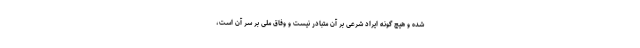
شده و هیچ گونه ایراد شرعی بر آن متبادر نیست و وفاق ملی بر سر آن است،